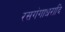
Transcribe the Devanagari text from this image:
रसगंगाधरादि